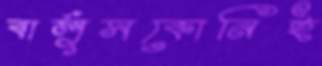
বার্লুসকোনিই